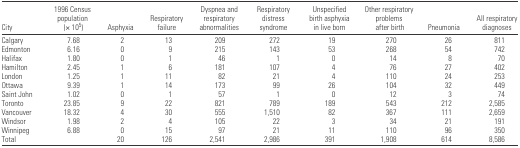
| City | 1996 Census population (× 105) | Asphyxia | Respiratory failure | Dyspnea and respiratory abnormalities | Respiratory distress syndrome | Unspecified birth asphyxia in live born | Other respiratory problems after birth | Pneumonia | All respiratory diagnoses |
 | --- | --- | --- | --- | --- | --- | --- | --- | --- | --- |
 | Calgary | 7.68 | 2 | 13 | 209 | 272 | 19 | 270 | 26 | 811 |
 | Edmonton | 6.16 | 0 | 9 | 215 | 143 | 53 | 268 | 54 | 742 |
 | Halifax | 1.80 | 0 | 1 | 46 | 1 | 0 | 14 | 8 | 70 |
 | Hamilton | 2.45 | 1 | 6 | 181 | 107 | 4 | 76 | 27 | 402 |
 | London | 1.25 | 1 | 11 | 82 | 21 | 4 | 110 | 24 | 253 |
 | Ottawa | 9.39 | 1 | 14 | 173 | 99 | 26 | 104 | 32 | 449 |
 | Saint John | 1.02 | 0 | 1 | 57 | 1 | 0 | 12 | 3 | 74 |
 | Toronto | 23.85 | 9 | 22 | 821 | 789 | 189 | 543 | 212 | 2,585 |
 | Vancouver | 18.32 | 4 | 30 | 555 | 1,510 | 82 | 367 | 111 | 2,659 |
 | Windsor | 1.98 | 2 | 4 | 105 | 22 | 3 | 34 | 21 | 191 |
 | Winnipeg | 6.88 | 0 | 15 | 97 | 21 | 11 | 110 | 96 | 350 |
 | Total |  | 20 | 126 | 2,541 | 2,986 | 391 | 1,908 | 614 | 8,586 |